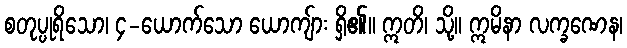
စတုပ္ပုရိသော၊ ၄-ယောက်သော ယောကျ်ား ရှိ၏။ ဣတိ၊ သို့။ ဣမိနာ လက္ခဏေန၊